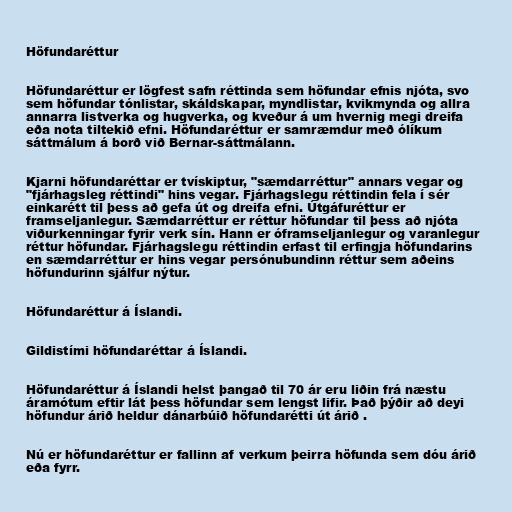
Höfundaréttur

Höfundaréttur er lögfest safn réttinda sem höfundar efnis njóta, svo
sem höfundar tónlistar, skáldskapar, myndlistar, kvikmynda og allra
annarra listverka og hugverka, og kveður á um hvernig megi dreifa
eða nota tiltekið efni. Höfundaréttur er samræmdur með ólíkum
sáttmálum á borð við Bernar-sáttmálann.

Kjarni höfundaréttar er tvískiptur, "sæmdarréttur" annars vegar og
"fjárhagsleg réttindi" hins vegar. Fjárhagslegu réttindin fela í sér
einkarétt til þess að gefa út og dreifa efni. Útgáfuréttur er
framseljanlegur. Sæmdarréttur er réttur höfundar til þess að njóta
viðurkenningar fyrir verk sín. Hann er óframseljanlegur og varanlegur
réttur höfundar. Fjárhagslegu réttindin erfast til erfingja höfundarins
en sæmdarréttur er hins vegar persónubundinn réttur sem aðeins
höfundurinn sjálfur nýtur.

Höfundaréttur á Íslandi.

Gildistími höfundaréttar á Íslandi.

Höfundaréttur á Íslandi helst þangað til 70 ár eru liðin frá næstu
áramótum eftir lát þess höfundar sem lengst lifir. Það þýðir að deyi
höfundur árið heldur dánarbúið höfundarétti út árið .

Nú er höfundaréttur er fallinn af verkum þeirra höfunda sem dóu árið
eða fyrr.